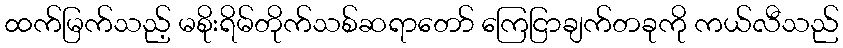
ထက်မြက်သည့် မစိုးရိမ်တိုက်သစ်ဆရာတော် ကြေငြာချက်တခုကို ကယ်လီသည်